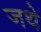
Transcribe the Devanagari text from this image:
जथे